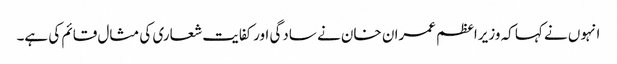
انہوں نے کہا کہ وزیراعظم عمران خان نے سادگی اورکفایت شعاری کی مثال قائم کی ہے۔